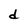
Character: d